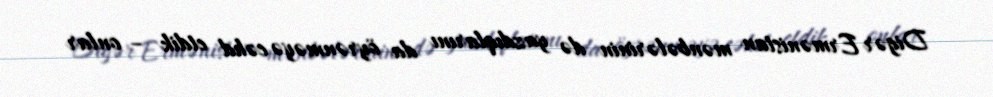
Digər Ermənistan mənbələrinin də yazdıqlarını da öyrənməyə cəhd etdik – onlar